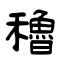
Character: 穭